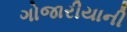
ગોજારીયાની